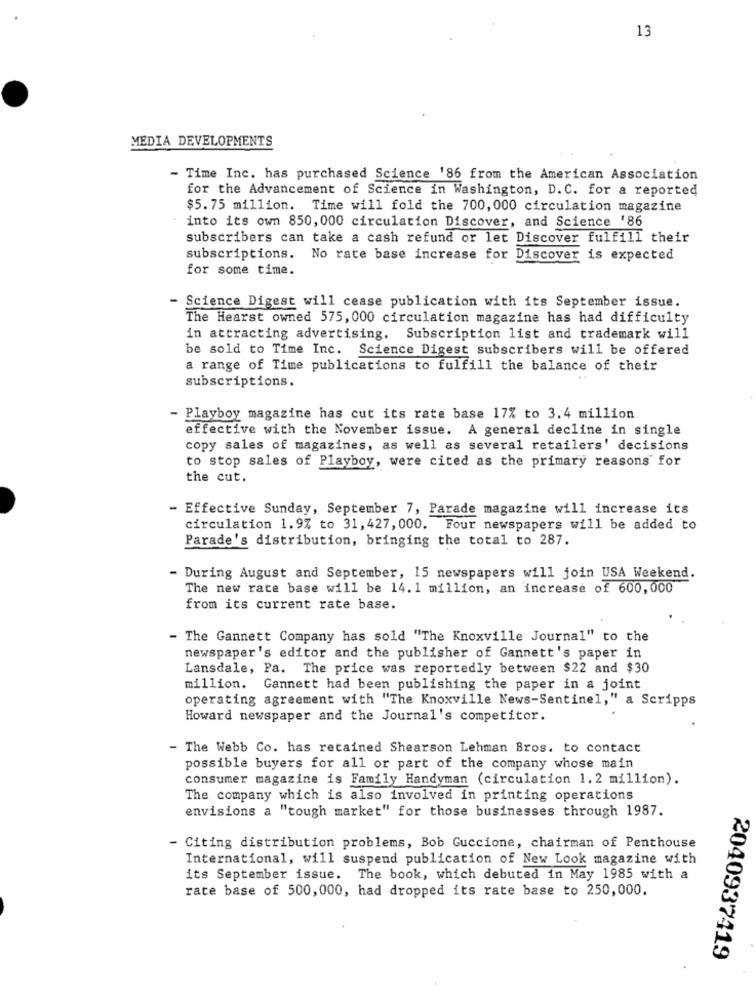
13
MEDIA DEVELOPMENTS
- Time Inc. has purchased Science '86 from the American Association
for the Advancement of Science in Washington, D. C. for a reported
$5.75 million. Time will fold the 700, 000 circulation magazine
into its own 850, 000 circulation Discover, and Science '86
subscribers can take a cash refund or let Discover fulfill their
subscriptions.
No rate base increase for Discover is expected
for some time.
- Science Digest will cease publication with its September issue.
The Hearst owned 575, 000 circulation magazine has had difficulty
in attracting advertising. Subscription list and trademark will
be sold to Time Inc. Science Digest subscribers will be offered
a range of Time publications to fulfill the balance of their
subscriptions.
- Playboy magazine has cut its rate base 17% to 3.4 million
effective with the November issue. A general decline in single
copy sales of magazines, as well as several retailers' decisions
to stop sales of Playboy, were cited as the primary reasons for
the cut.
- Effective Sunday, September 7, Parade magazine will increase its
circulation 1.9% to 31, 427, 000. Four newspapers will be added to
Parade's distribution, bringing the total to 287.
During August and September, 15 newspapers will join USA Weekend.
The new rate base will be 14. 1 million, an increase of 600,000
from its current rate base.
- The Gannett Company has sold "The Knoxville Journal" to the
newspaper's editor and the publisher of Gannett's paper in
Lansdale, Pa. The price was reportedly between $22 and $30
million. Gannett had been publishing the paper in a joint
operating agreement with "The Knoxville News-Sentinel," a Scripps
Howard newspaper and the Journal's competitor.
- The Webb Co. has retained Shearson Lehman Bros. to contact
possible buyers for all or part of the company whose main
consumer magazine is Family Handyman (circulation 1. 2 million).
The company which is also involved in printing operations
envisions a "tough market" for those businesses through 1987.
- Citing distribution problems, Bob Guccione, chairman of Penthouse
International, will suspend publication of New Look magazine with
its September issue. The book, which debuted in May 1985 with a
rate base of 500,000, had dropped its rate base to 250,000.
2040937419